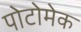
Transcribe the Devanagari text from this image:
पोटोमेक